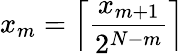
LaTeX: {{x}_{m}}=\left\lceil\frac{{{x}_{m+1}}}{{{2}^{N-m}}}\right\rceil